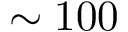
\sim 1 0 0